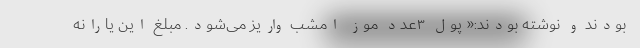
بودند و نوشته بودند:« پول ۳عدد موز امشب واریز می‌شود. مبلغ این یارانه